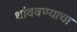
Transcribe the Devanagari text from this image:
थांववण्याचा